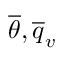
\overline { { \theta } } , \overline { { q } } _ { v }